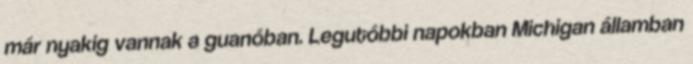
már nyakig vannak a guanóban. Legutóbbi napokban Michigan államban